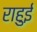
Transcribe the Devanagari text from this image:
राहुई